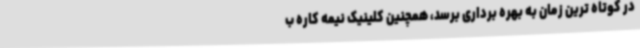
در کوتاه ترین زمان به بهره برداری برسد، همچنین کلینیک نیمه کاره ب